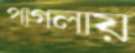
পাগলায়